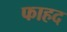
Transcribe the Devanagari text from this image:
फाहद